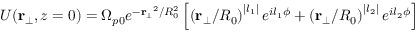
U ( \mathbf { r } _ { \bot } , z = 0 ) = \Omega _ { p 0 } e ^ { - \mathbf { r _ { \bot } } ^ { 2 } / R _ { 0 } ^ { 2 } } \left[ \left( \mathbf { r } _ { \bot } / R _ { 0 } \right) ^ { | l _ { 1 } | } e ^ { i l _ { 1 } \phi } + \left( \mathbf { r } _ { \bot } / R _ { 0 } \right) ^ { | l _ { 2 } | } e ^ { i l _ { 2 } \phi } \right]